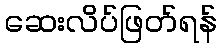
ဆေးလိပ်ဖြတ်ရန်